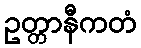
ဥတ္တာနီကတံ